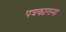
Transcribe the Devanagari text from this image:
पत्रकाराना